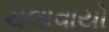
ચલાવાયો